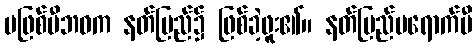
မဖြစ်မီဘဝက နတ်ပြည်၌ ဖြစ်ခဲ့ဖူး၏။ နတ်ပြည်မရောက်မီ